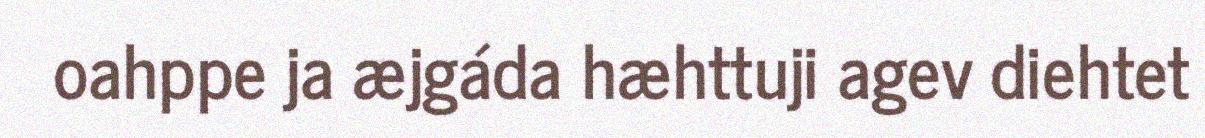
oahppe ja æjgáda hæhttuji agev diehtet